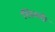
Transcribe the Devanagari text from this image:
खिलदी